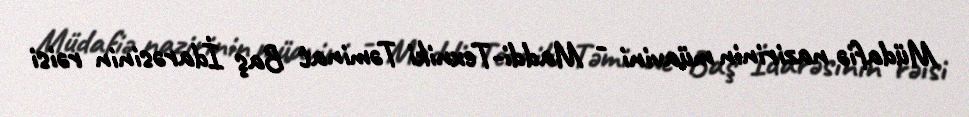
Müdafiə nazirinin müavini - Maddi-Texniki Təminat Baş İdarəsinin rəisi